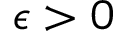
\epsilon > 0